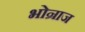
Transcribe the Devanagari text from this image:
भोन्राज